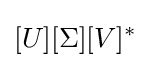
[U][\Sigma ][V]^{*}